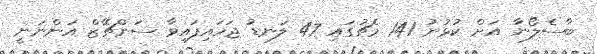
ބާސެލޯނާ އަށް ކުޅުނު 141 މެޗުގައި 47 ލަނޑު ޖަހައިފައިވާ ސަންޗޭޒް އަންނަނީ